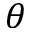
\boldsymbol { \theta }